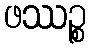
ဖဿဉ္စ